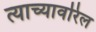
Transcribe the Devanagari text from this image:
त्याच्यावरिल